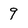
Character: 9